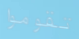
تقوموا